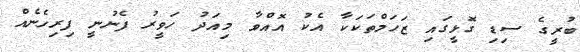
ބުރީގެ ސިޑި ގޮޅީގައި ޒަހަމްތަކަކާ އެކު އޮއްވާ މިއަދު ހަވީރު ފެނުނީ ފިރިހެނެއް